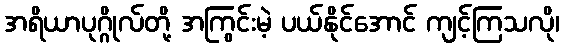
အရိယာပုဂ္ဂိုလ်တို့ အကြွင်းမဲ့ ပယ်နိုင်အောင် ကျင့်ကြသလို၊